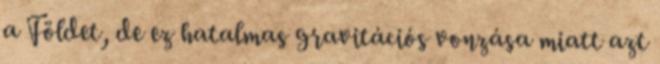
a Földet, de ez hatalmas gravitációs vonzása miatt azt